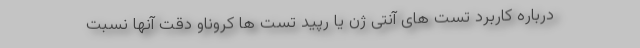
درباره کاربرد تست های آنتی ژن یا رپید تست ها کروناو دقت آنها نسبت